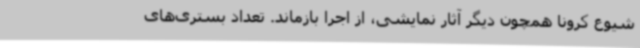
شیوع کرونا همچون دیگر آثار نمایشی، از اجرا بازماند. تعداد بستری‌های